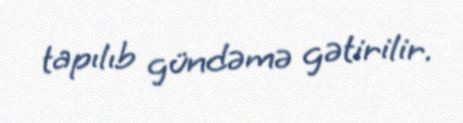
tapılıb gündəmə gətirilir.